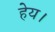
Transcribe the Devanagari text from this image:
हेय।